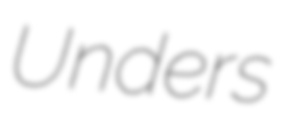
Unders